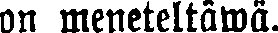
on meneteltäwä.